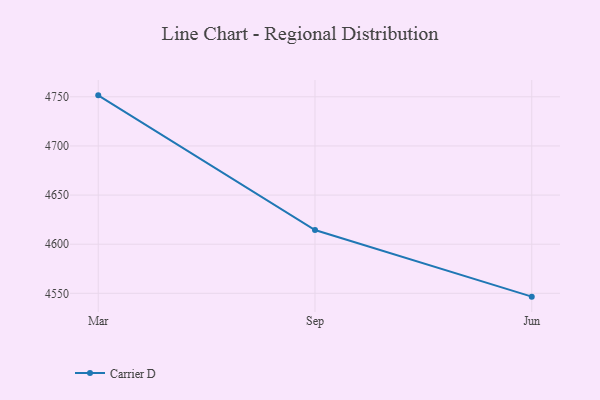
{"axis": {"x": "Month", "y": "Gross Profit (USD K)"}, "legend": ["Carrier D"], "data": [{"x": "Mar", "y": 4751.5, "type": "Carrier D"}, {"x": "Sep", "y": 4614.4, "type": "Carrier D"}, {"x": "Jun", "y": 4546.6, "type": "Carrier D"}]}